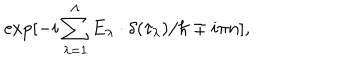
LaTeX: \exp [ - i \sum _ { \lambda = 1 } ^ { \Lambda } E _ { \lambda } \cdot \delta ( \tau _ { \lambda } ) / \hbar \mp i \pi n ] ,